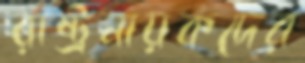
রাষ্ট্রনায়কদের